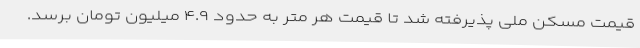
قیمت مسکن ملی پذیرفته شد تا قیمت هر متر به حدود ۴.۹ میلیون تومان برسد.